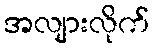
အလျားလိုက်